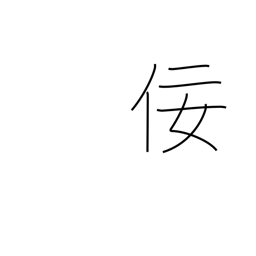
Meaning: flattery